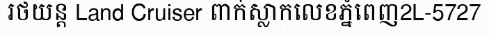
រថយន្ត Land Cruiser ពាក់ស្លាកលេខភ្នំពេញ2L-5727